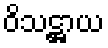
ဝိသဋ္ဌာယ